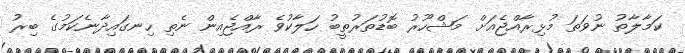
ކަމާލާތު ނުވަތަ މުޅިރާއްޖެއަށް މަޝްހޫރު ބޮޑުތަރުތީބު ހަލާކުވެ ރާއްޖެއިން ނެތި ހިނގައިދާނެކަމުގެ ބިރު